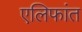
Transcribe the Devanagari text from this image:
एलिफांत